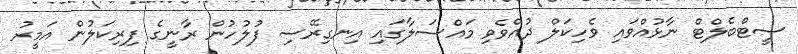
ސީޓްބެލްޓް ނާޅުއްވައި ވެހިކަލް ދުއްވެވި މައްސަލާގައި އިނގިރޭސި ފުލުހުން ރާނީގެ ފިރިކަލުން އަމީރު